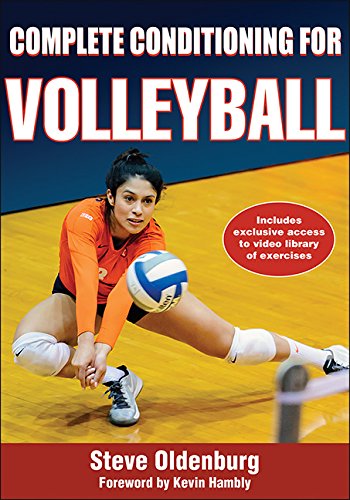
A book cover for Complete Conditioning for Volleyball; Steve Oldenburg; Sports & Outdoors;